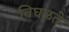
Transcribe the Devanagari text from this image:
विघळते